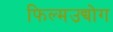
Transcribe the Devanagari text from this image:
फिल्मउद्योग